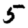
Digit: 5